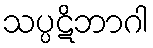
သပ္ပဋိဘာဂါ